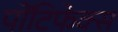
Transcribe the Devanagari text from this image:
पोंटिफेक्स